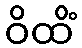
ဝိထိံ